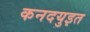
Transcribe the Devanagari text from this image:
कनदयुइत